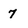
Character: 7